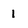
Character: 1